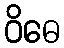
ဝိဓေ